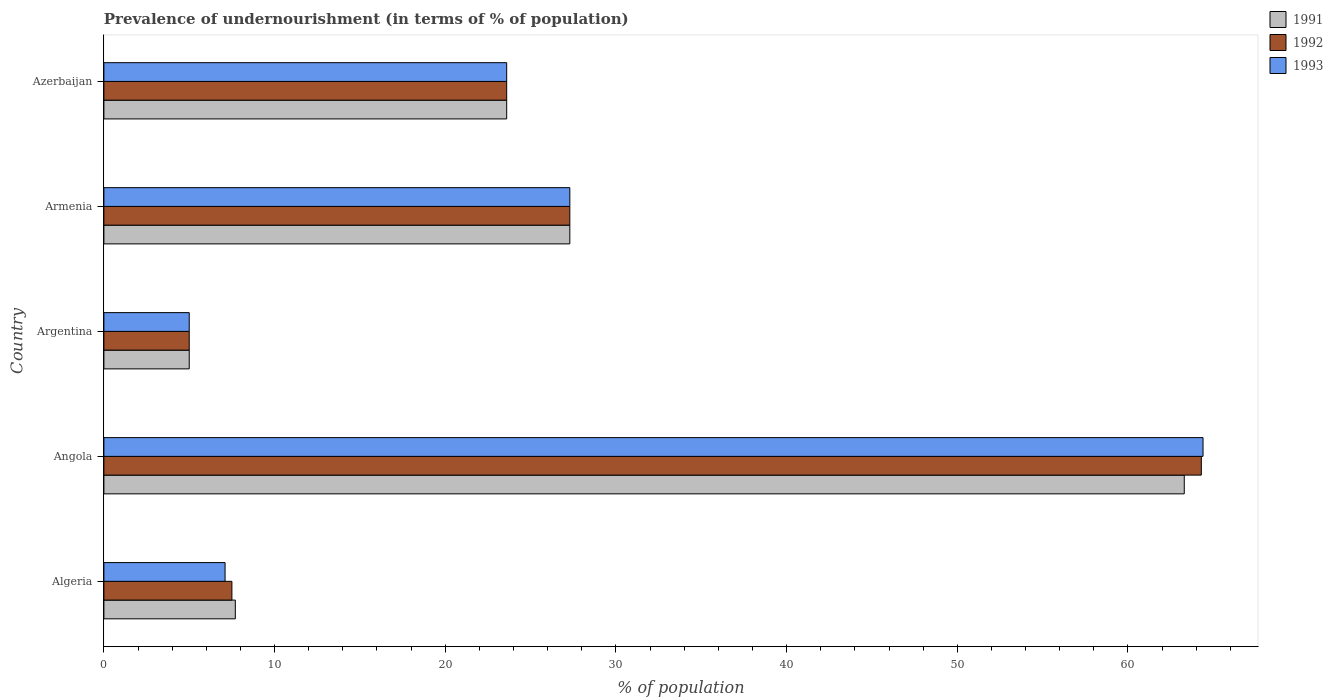
| Country | 1991 | 1992 | 1993 |
 | --- | --- | --- | --- |
 | Algeria | 7.7 | 7.5 | 7.1 |
 | Angola | 63.3 | 64.3 | 64.4 |
 | Argentina | 5 | 5 | 5 |
 | Armenia | 27.3 | 27.3 | 27.3 |
 | Azerbaijan | 23.6 | 23.6 | 23.6 |